Problem: 34 - 7 = ?
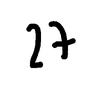
Handwritten answer: 27